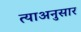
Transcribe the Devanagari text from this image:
त्याअनुसार